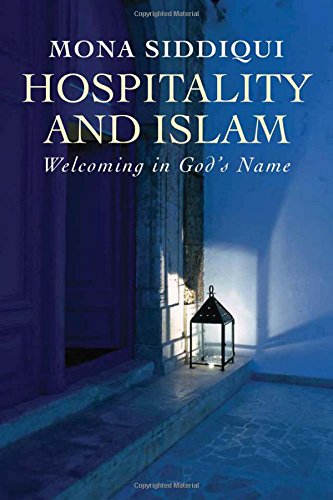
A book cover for Hospitality and Islam: Welcoming in God's Name; Mona Siddiqui; Religion & Spirituality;